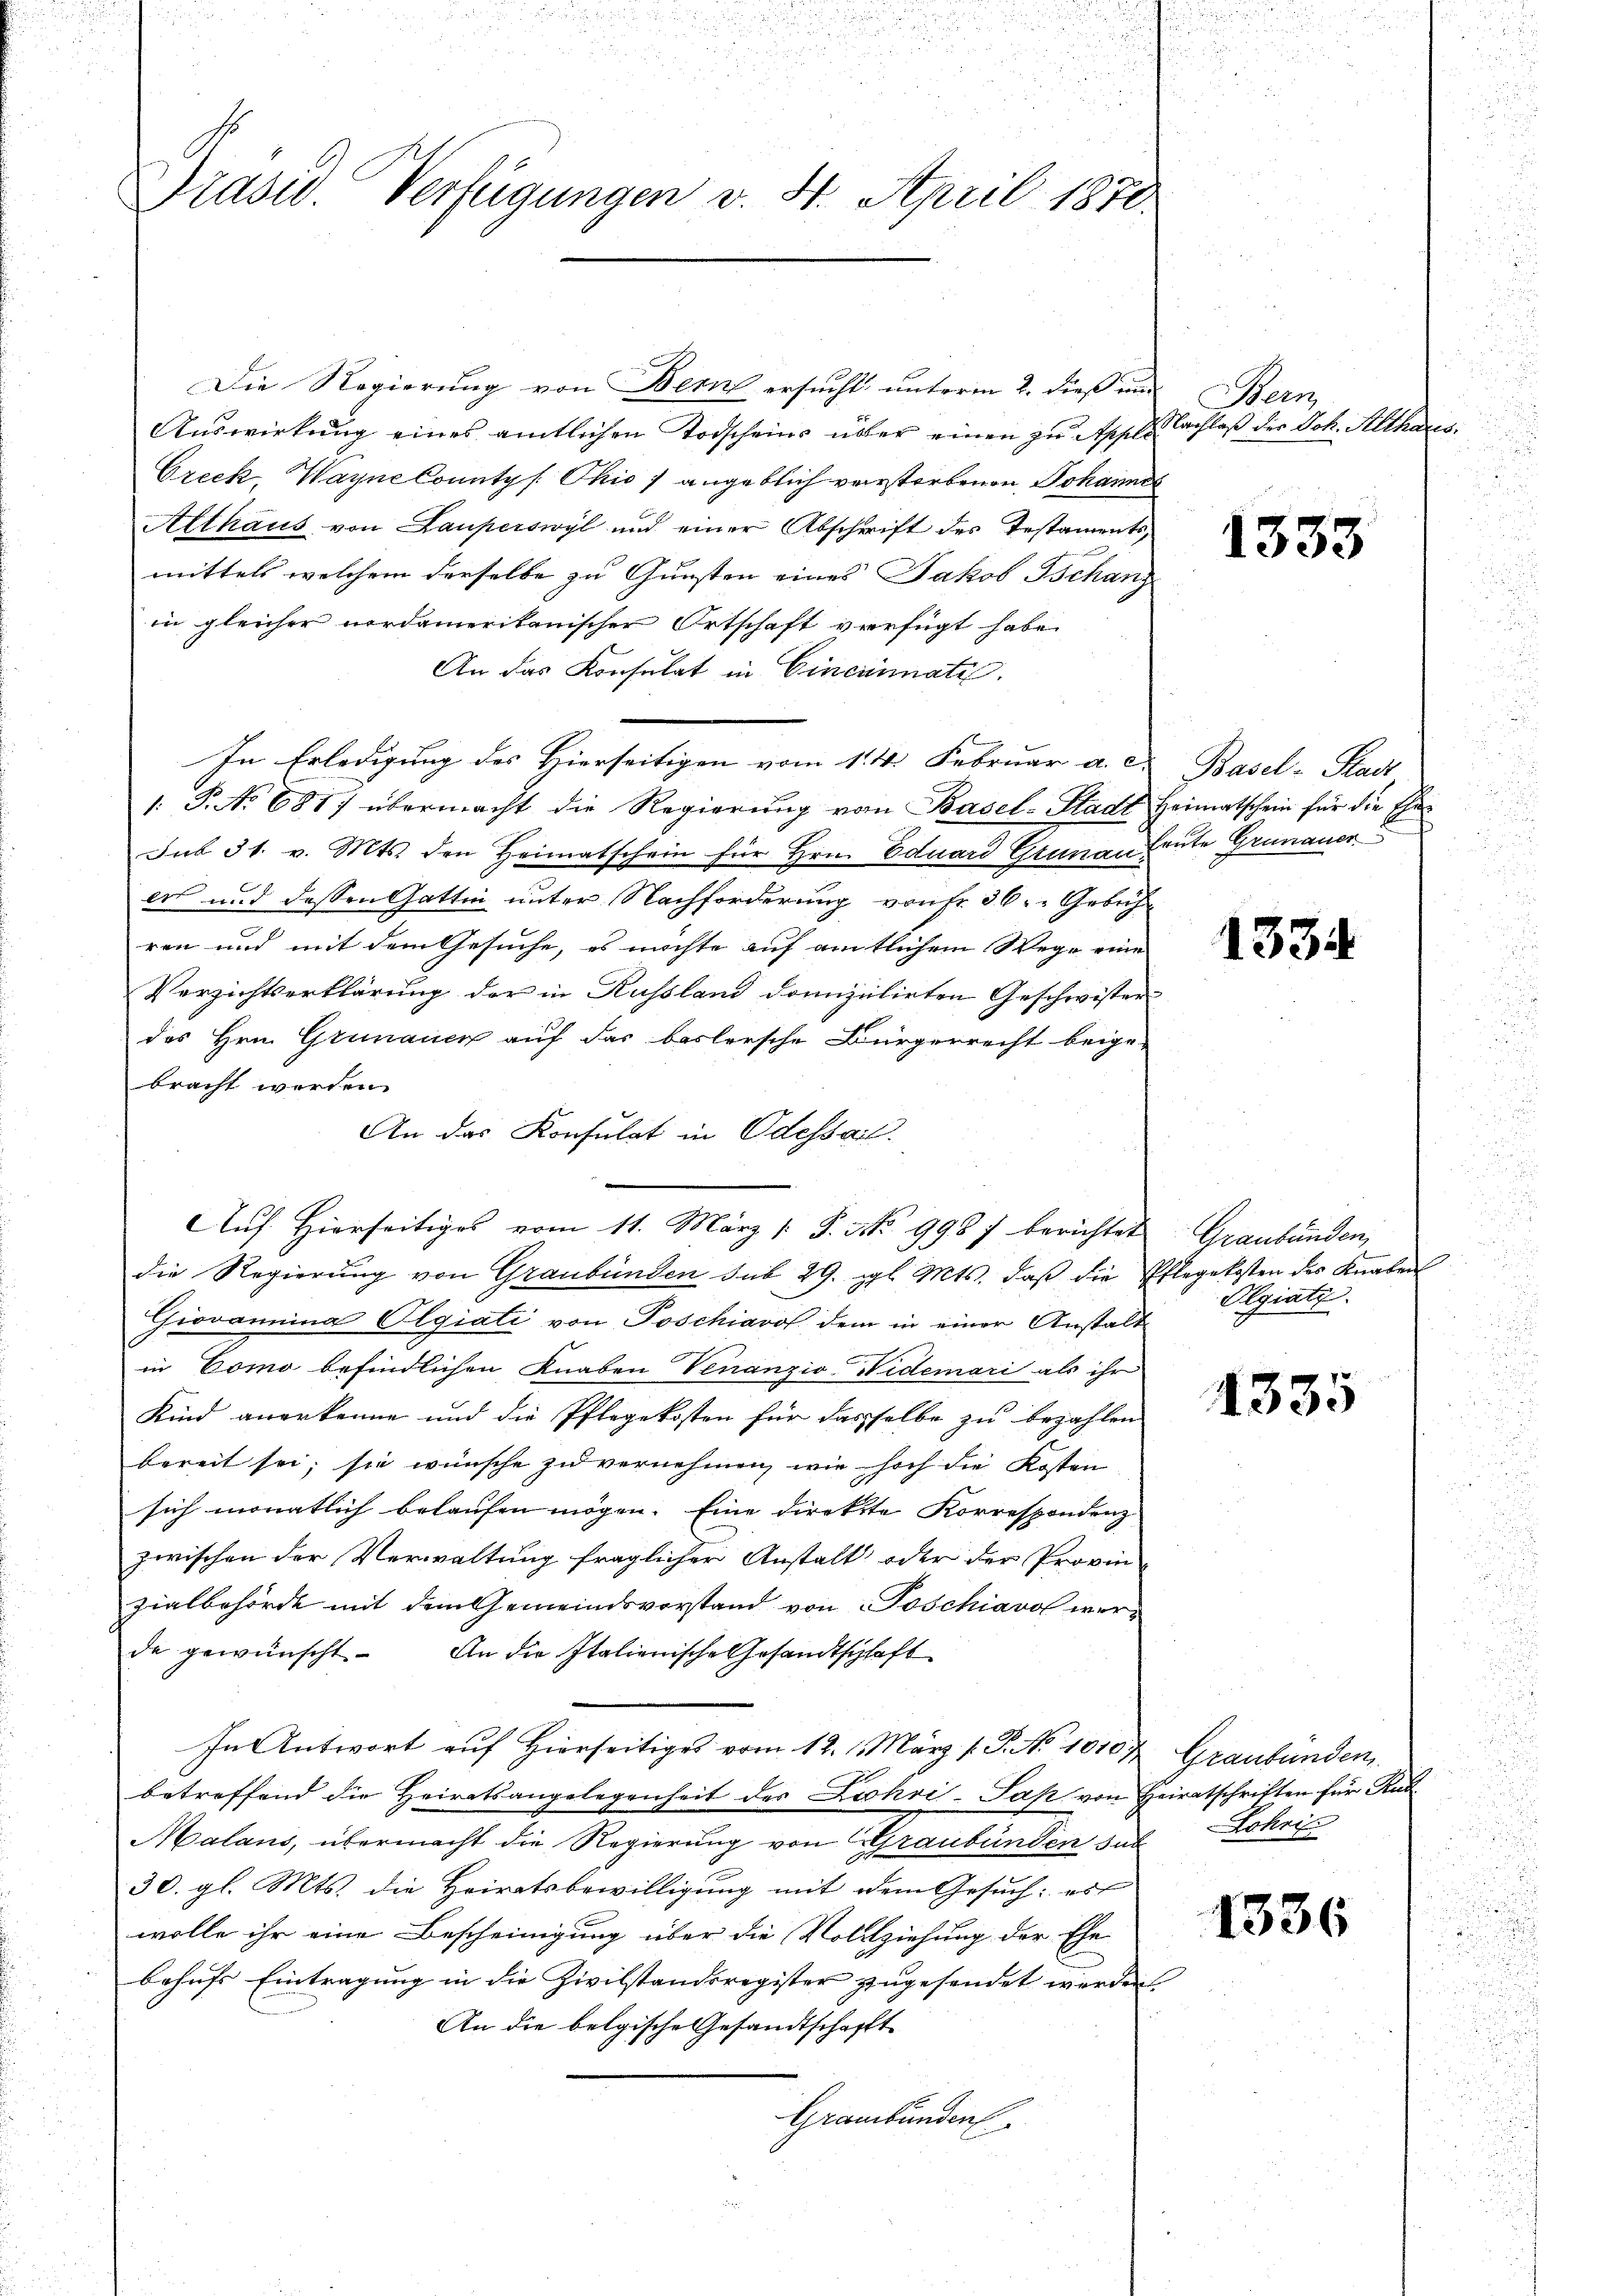
Präsid. Verfügungen v. 4. April 1870

Die Regierung von Bern ersucht, unterm 2. dieß im
Auswirkung eines amtlichen Todscheins über einen zu Apple
Greck, Wayne Countys Ohio, angeblich verstorbenen Johannes
Althaus von Lauperswyl und einer Abschrift des Testamentsmittels welchem derselbe zu Gunsten eines Jakob Tschanz
in gleicher nordamerikanischer Ortschaft verfügt habe.
An das Konsulat in Cincinnate.
In Erledigung des Hierseitigen vom 14. Februar a. c. Basel-Stadt,
1: P. No 681) übermacht die Regierung vom Basel-Stadt Heimatschein für die Ehe¬
Sub 31. v. Mts. den Heimatschein für Hrn. Eduard Grünau heute Grünauer
er und dessen Gattin unter Nachforderung von Fr. 36: „Gebühren und mit dem Gesuche, es möchte auf amtlichem Wege eine
Verzichtserklärung der in Russland domizilirten Geschwister-
des Hrn. Grünauer auf das baslersche Bürgerrecht beigebracht werden.
An das Konsulat in Odessail.
Auf Hierseitiges vom 11. März /: P. No 9987 berichtet Graubünden,
die Regierung von Graubünden sub 29. gl. Mts. daß die Pflegekosten des Knaben
Giovamina Olgiati von Poschiavos dem in einer Anstalt
in Como befindlichen Knaben Venanzio-Nidemari als ihr
Kind anerkenne und die Pflegekosten für dasselbe zu bezahlen
bereit sei; sie wünsche zu vernehmen, wie hoch die Kosten
sich monatlich belaufen mögen. Eine direkte Korrespondenz
zwischen der Verwaltung fraglicher Anstalt oder der Provin-
zialbehörde mit dem Gemeindsvorstand von Poschiavol werde gewünscht. An die Italienische Gesandtschlaft
In Antwort auf Hierseitiges vom 12. 1. März l. P. No 1010 t Graubünden
betreffend die Heiratsangelegenheit des Lichvi-Pas von Heiratschriften für Rud
Malans, übermacht die Regierung von Graubünden sich Lohri
30. gl. Mts. die Heiratsbewilligung mit dem Gesuch: es
wolle ihr eine Bescheinigung über die Vollziehung der Ehe
behufs Eintragung in die Zivilstandsregister zugesendet werden
An die belgische Gesandtschafft
Graubünden

Hein
Nachlaß der Joh. Althaus.

1333

d

1334

Olgiatz.

4335

1336